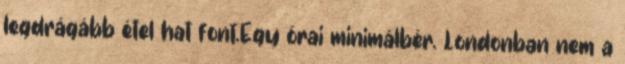
legdrágább étel hat font.Egy órai minimálbér. Londonban nem a